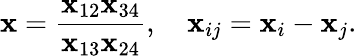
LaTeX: \mathbf{x}=\frac{{\mathbf{x}_{12}\mathbf{x}_{34}}}{{\mathbf{x}_{13}\mathbf{x}_{24}}},\quad\mathbf{x}_{ij}=\mathbf{x}_{i}-\mathbf{x}_{j}.